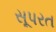
સૂપરત